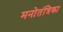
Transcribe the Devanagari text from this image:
मनोतंत्रिका